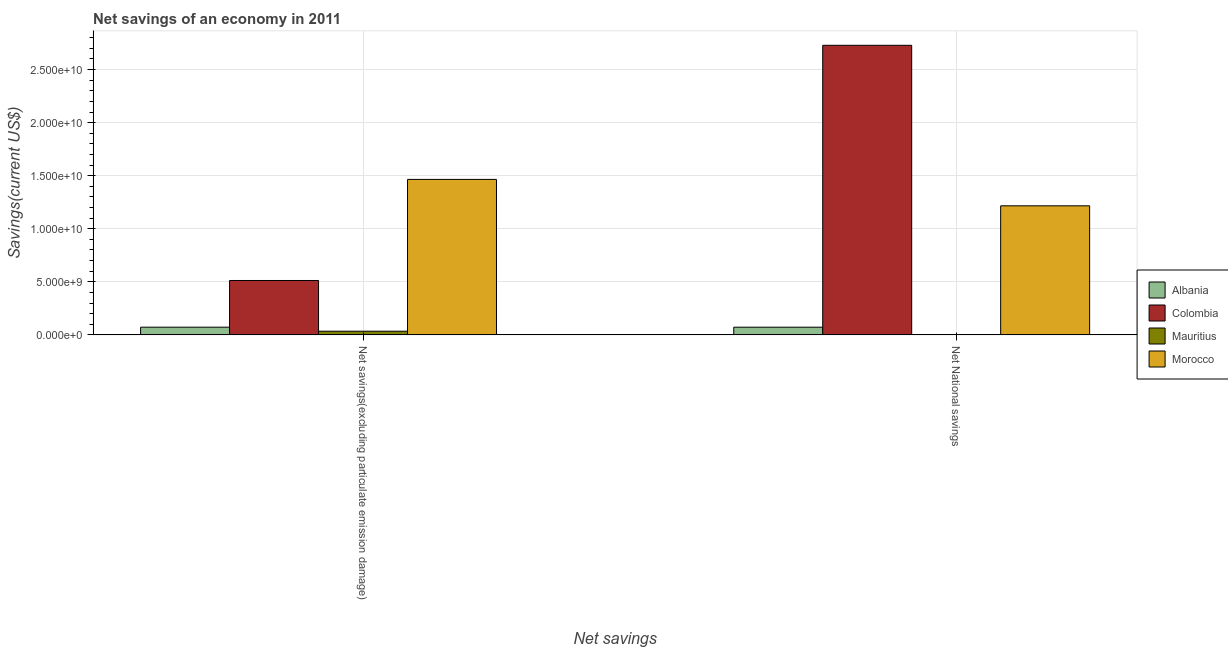
| Net savings | Albania | Colombia | Mauritius | Morocco |
 | --- | --- | --- | --- | --- |
 | Net savings(excluding particulate emission damage) | 7.27e+08 | 5.12e+09 | 3.46e+08 | 1.47e+10 |
 | Net National savings | 7.25e+08 | 2.73e+10 | 2.38e+07 | 1.22e+10 |